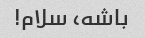
باشه، سلام!